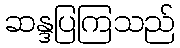
ဆန္ဒပြကြသည်